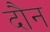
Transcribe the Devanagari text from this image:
दौन